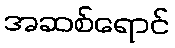
အဆစ်ရောင်